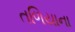
તળિયાના